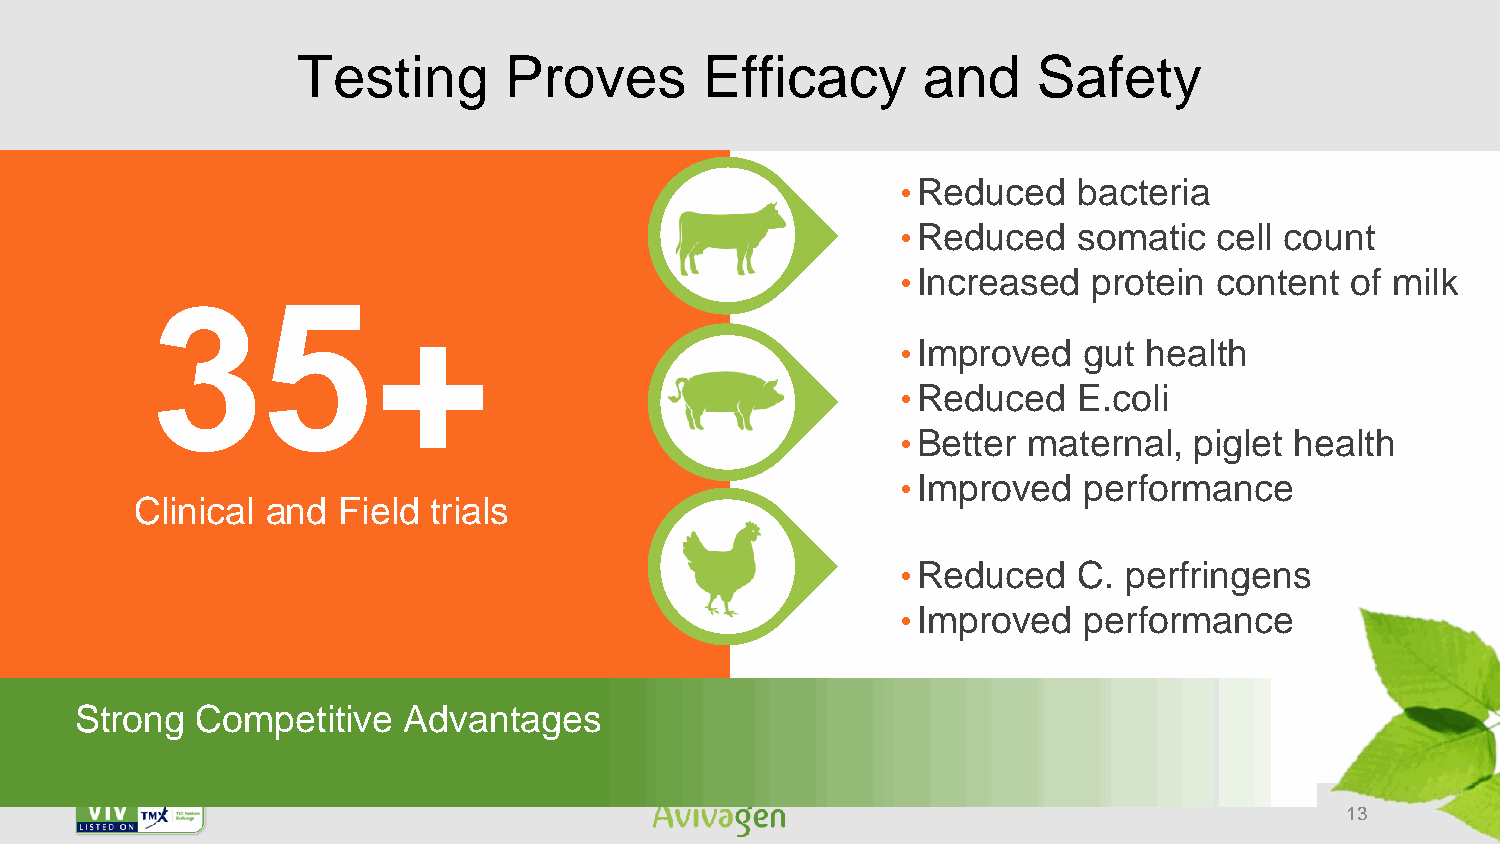
Testing      Proves        Efficacy      and     Safety
 •Reduced   bacteria
 •Reduced   somatic   cell count
 •Increased  protein  content of milk
 35+
 •Improved   gut health
 •Reduced   E.coli
 •Better maternal,  piglet health
 •Improved   performance
 Clinical and Field trials
 •Reduced   C. perfringens
 •Improved   performance
 Strong  Competitive   Advantages
 13